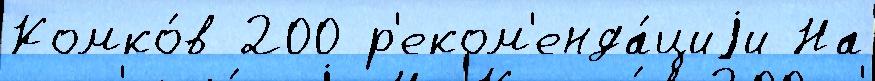
Комко́в 200 р'еком'енда́циjи На